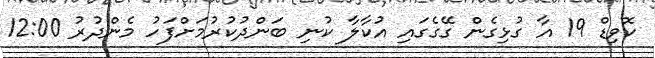
ކޮވިޑް 19 އާ ގުޅިގެން ގޭގެގައި އުކާލާ ކުނި ބަންދުކުރުމަށްފަހު މެންދުރު 12:00